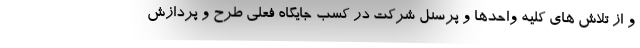
و از تلاش های کلیه واحدها و پرسنل شرکت در کسب جایگاه فعلی طرح و پردازش